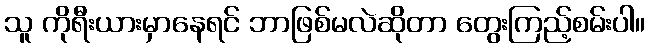
သူ ကိုရီးယားမှာနေရင် ဘာဖြစ်မလဲဆိုတာ တွေးကြည့်စမ်းပါ။